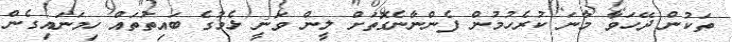
ތަކުން ދޭހަވާ މާނަ ކުރެހުމުން ފެންނާނެގޮތަށް ލީން ވަނީ ޅެމުގެ ބައިތުތައް ހިމަނައިގެން